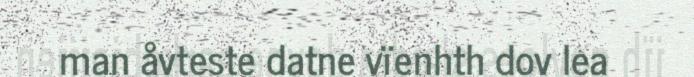
man åvteste datne vïenhth dov lea